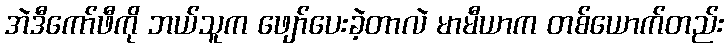
အဲဒီကော်ဖီကို ဘယ်သူက ဖျော်ပေးခဲ့တာလဲ မာမီယာက တစ်ယောက်တည်း